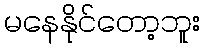
မနေနိုင်တော့ဘူး